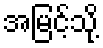
အမြင့်သို့